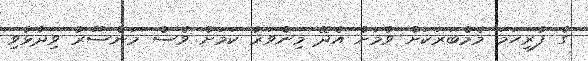
ގެ ފުރިހަމަ މެމްބަރަކަށް ވުމަށް އެދޭ މިންވަރު ކަމަށް ވެސް މަންސޫރު ވިދާޅުވި